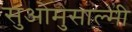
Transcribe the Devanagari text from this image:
सुओमुसाल्मी